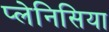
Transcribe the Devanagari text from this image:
प्लेनिसिया